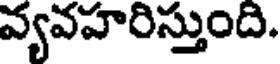
వ్యవహరిస్తుంది.